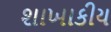
શાખાકીય